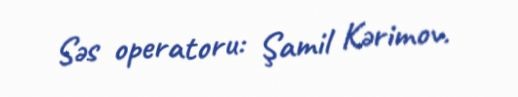
Səs operatoru: Şamil Kərimov.